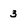
Character: 3